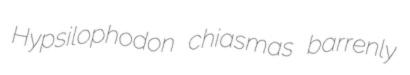
Hypsilophodon chiasmas barrenly